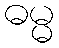
ဓမ္မ